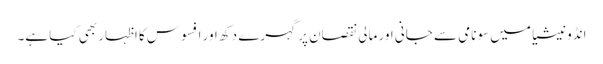
انڈونیشیا میں سونامی سے جانی اور مالی نقصان پر گہرے دکھ اور افسوس کا اظہار بھی کیا ہے۔